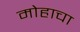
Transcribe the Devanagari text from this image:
मोहाचा